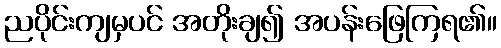
ညပိုင်းကျမှပင် အတိုးချ၍ အပန်းဖြေကြရ၏။